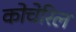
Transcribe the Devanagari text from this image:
कोचेरिल